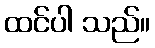
ထင်ပါ သည်။